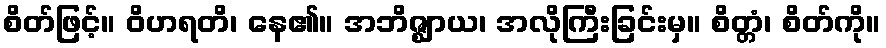
စိတ်ဖြင့်။ ဝိဟရတိ၊ နေ၏။ အဘိဇ္ဈာယ၊ အလိုကြီးခြင်းမှ။ စိတ္တံ၊ စိတ်ကို။